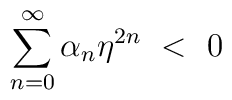
\sum_{n=0}^\infty \alpha_n \eta^{2n} ~ < ~ 0